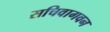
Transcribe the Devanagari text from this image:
सचिवागवन